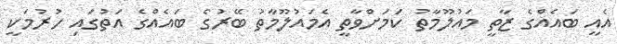
އެއީ ބައެއްގެ ޒާތީ މައުލޫމާތު ކަމަށްވާތީ އެމައުލޫމާތު ބޭރުގެ ބައެއްގެ އަތުގައި ހުރުމަކީ